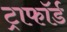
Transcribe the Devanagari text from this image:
ट्राफॉर्ड